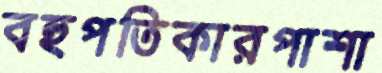
বহুপতিকারপাশা